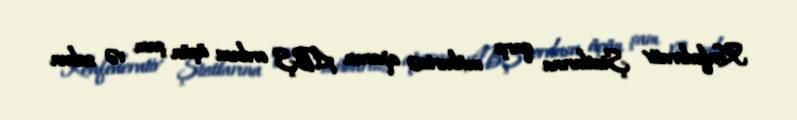
Konfederativ Ştatlarına qarşı mübarizə aparan ABŞ ordusu üçün şam və sabun